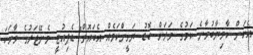
އެކަން ކާމިޔާބުވާނެ ކަމުގެ ވަރަށް ބޮޑު ޔަގީންކަމެއް އެބައޮތް" ޑެޕިއުޓީ މެނޭޖަރުގެ ވާހަކަ